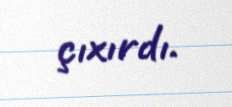
çıxırdı.